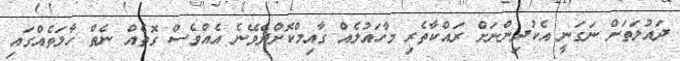
ދައުލަތަށް ނަގަނީ އެކުދިންނަށް ރައްކާތެރި މާހައުލެއް ގާއިމްކޮށްދެެވޭނެ އެއްވެސް ގޮތެއް ނެތް ހާލަތެއްގައި